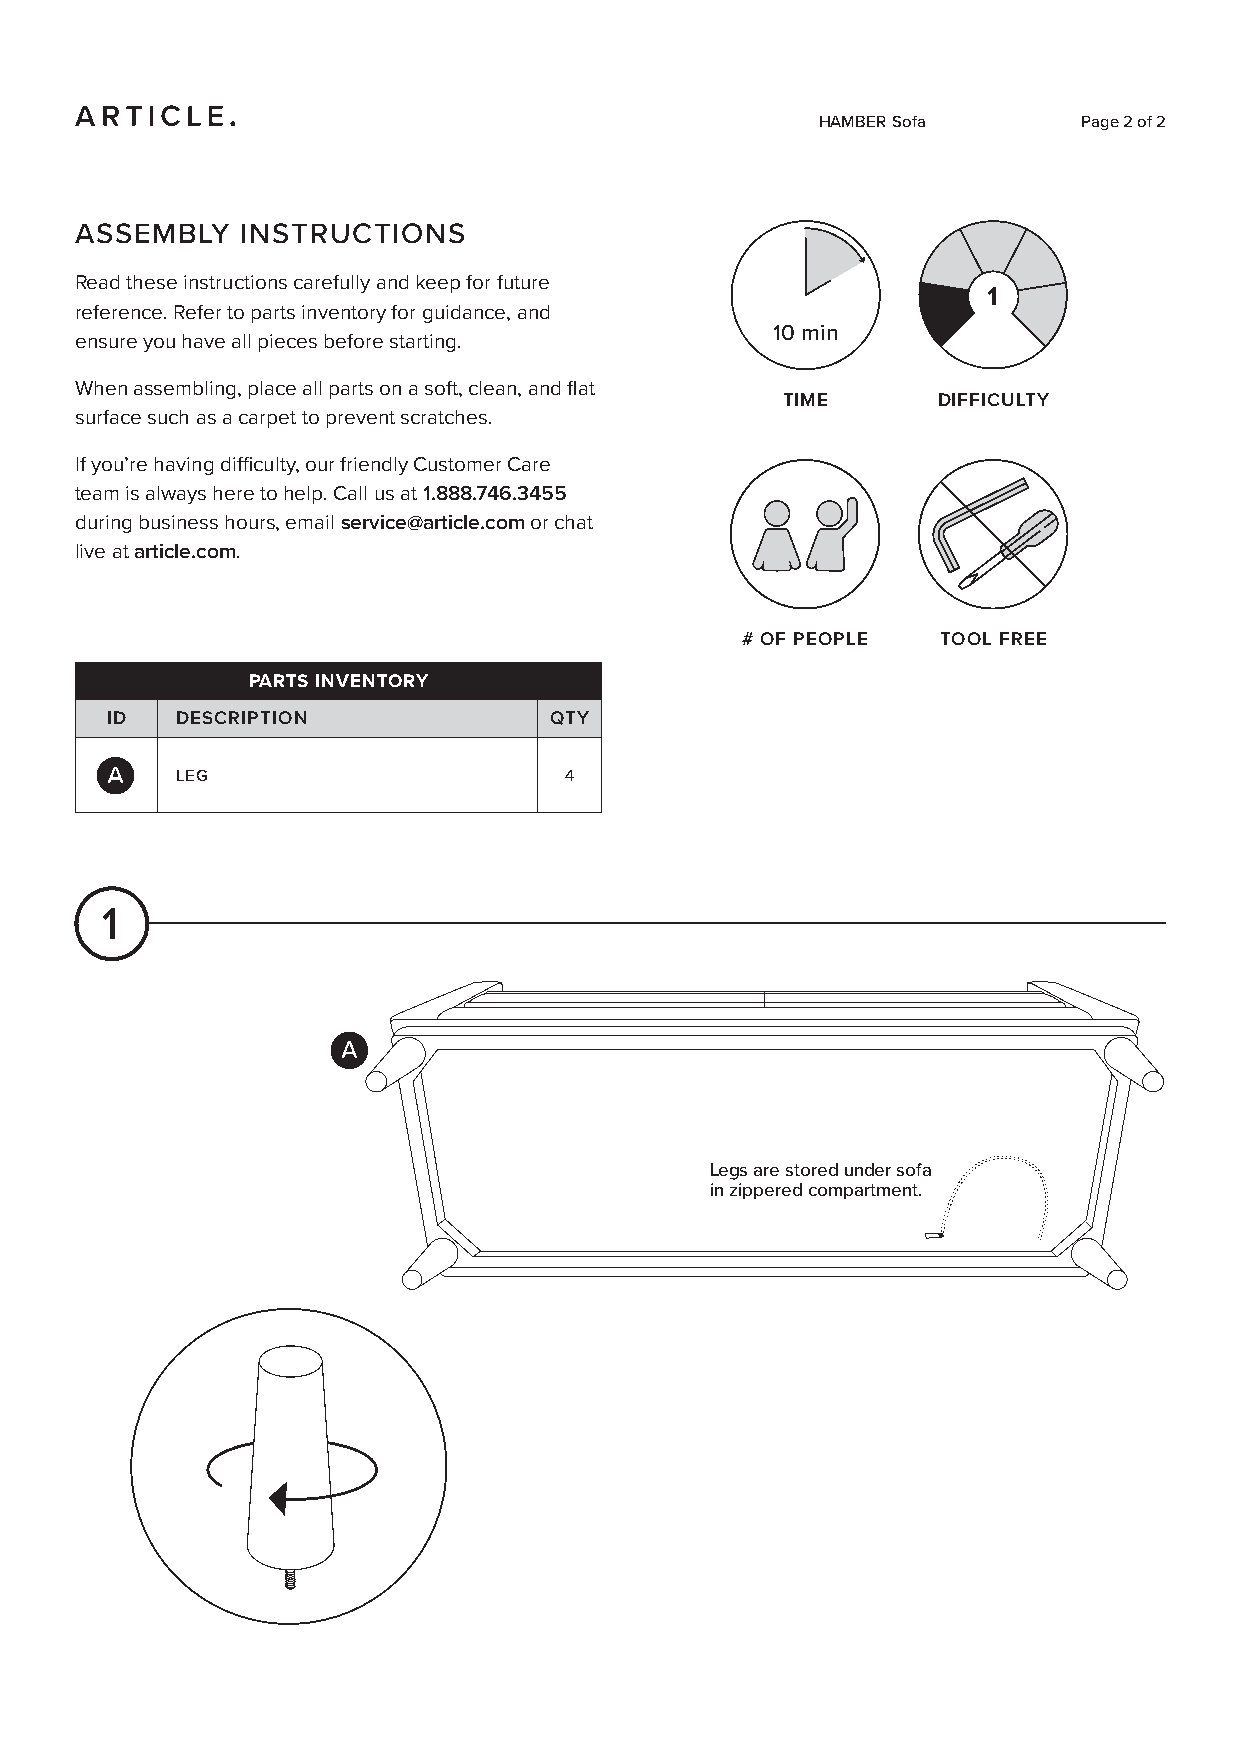
HAMBER Sofa       Page 2 of 2
 ASSEMBLY   INSTRUCTIONS
 Read these instructions carefully and keep for future
 1
 reference. Refer to parts inventory for guidance, and
 10 min
 ensure you have all pieces before starting.
 When assembling, place all parts on a soft, clean, and flat
 TIME      DIFFICULTY
 surface such as a carpet to prevent scratches.
 If you’re having difficulty, our friendly Customer Care
 team is always here to help. Call us at 1.888.746.3455
 during business hours, email service@article.com or chat
 live at article.com.
 # OF PEOPLE  TOOL FREE
 PARTS INVENTORY
 ID   DESCRIPTION             QTY
 LEG                      4
 1
 Legs are stored under sofa
 in zippered compartment.